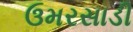
ઉમરસાડી